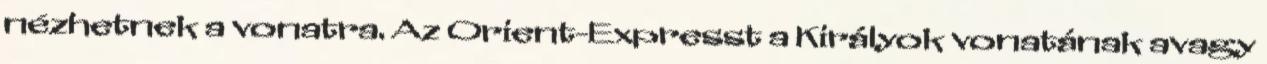
nézhetnek a vonatra. Az Orient-Expresst a Királyok vonatának avagy